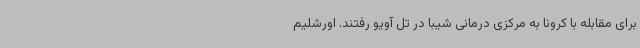
برای مقابله با کرونا به مرکزی درمانی شیبا در تل آویو رفتند. اورشلیم